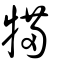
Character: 犕